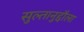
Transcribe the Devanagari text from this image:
सुल्तानुद्दौला